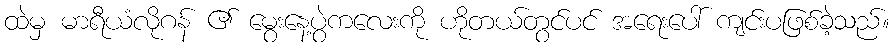
ထဲမှ မာရီယံလိုဂန် ၏ မွေးနေ့ပွဲကလေးကို ဟိုတယ်တွင်ပင် အရေးပေါ် ကျင်းပဖြစ်ခဲ့သည်။